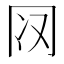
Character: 𰃨